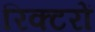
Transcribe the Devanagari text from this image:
रिक्टरों